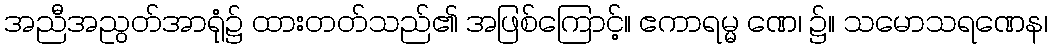
အညီအညွတ်အာရုံ၌ ထားတတ်သည်၏ အဖြစ်ကြောင့်။ ဧကာရမ္မ ဏေ၊ ၌။ သမောသရဏေန၊